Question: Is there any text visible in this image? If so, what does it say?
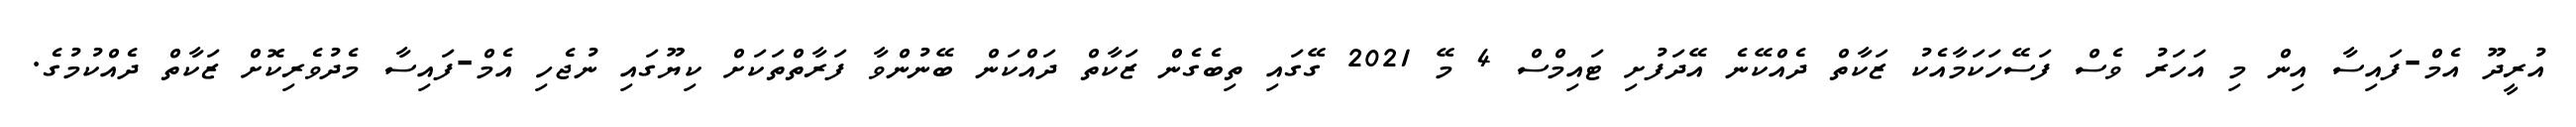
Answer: އުރީދޫ އެމް-ފައިސާ އިން މި އަހަރު ވެސް ފަސޭހަކަމާއެކު ޒަކާތް ދެއްކޭނެ އޭދަފުށި ޓައިމްސް 4 މޭ 2021 ގޭގައި ތިބެގެން ޒަކާތް ދައްކަން ބޭނުންވާ ފަރާތްތަކަށް ކިޔޫގައި ނުޖެހި އެމް-ފައިސާ މެދުވެރިކޮށް ޒަކާތް ދެއްކުމުގެ.